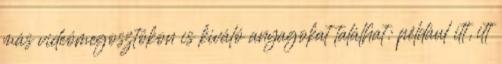
más videómegosztókon is kiváló anyagokat találhat: például itt, itt